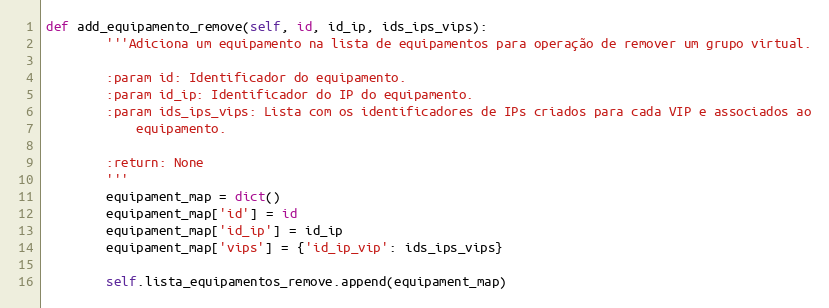
Language: Python
def add_equipamento_remove(self, id, id_ip, ids_ips_vips):
        '''Adiciona um equipamento na lista de equipamentos para operação de remover um grupo virtual.

        :param id: Identificador do equipamento.
        :param id_ip: Identificador do IP do equipamento.
        :param ids_ips_vips: Lista com os identificadores de IPs criados para cada VIP e associados ao
            equipamento.

        :return: None
        '''
        equipament_map = dict()
        equipament_map['id'] = id
        equipament_map['id_ip'] = id_ip
        equipament_map['vips'] = {'id_ip_vip': ids_ips_vips}

        self.lista_equipamentos_remove.append(equipament_map)